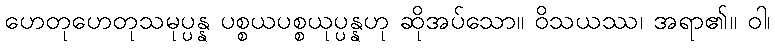
ဟေတုဟေတုသမုပ္ပန္န ပစ္စယပစ္စယုပ္ပန္နဟု ဆိုအပ်သော။ ဝိသယဿ၊ အရာ၏။ ဝါ၊